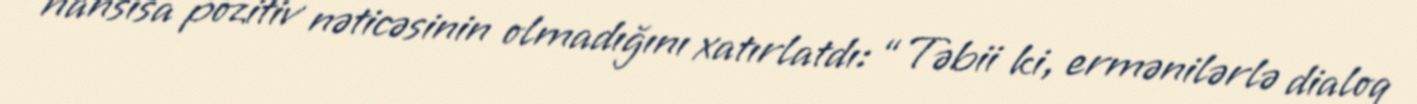
hansısa pozitiv nəticəsinin olmadığını xatırlatdı: “Təbii ki, ermənilərlə dialoq